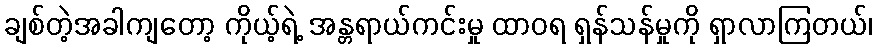
ချစ်တဲ့အခါကျတော့ ကိုယ့်ရဲ့ အန္တရာယ်ကင်းမှု ထာဝရ ရှန်သန်မှုကို ရှာလာကြတယ်၊